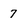
Character: 7